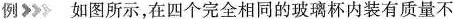
例 如图所示，在四个完全相同的玻璃杯内装有质量不